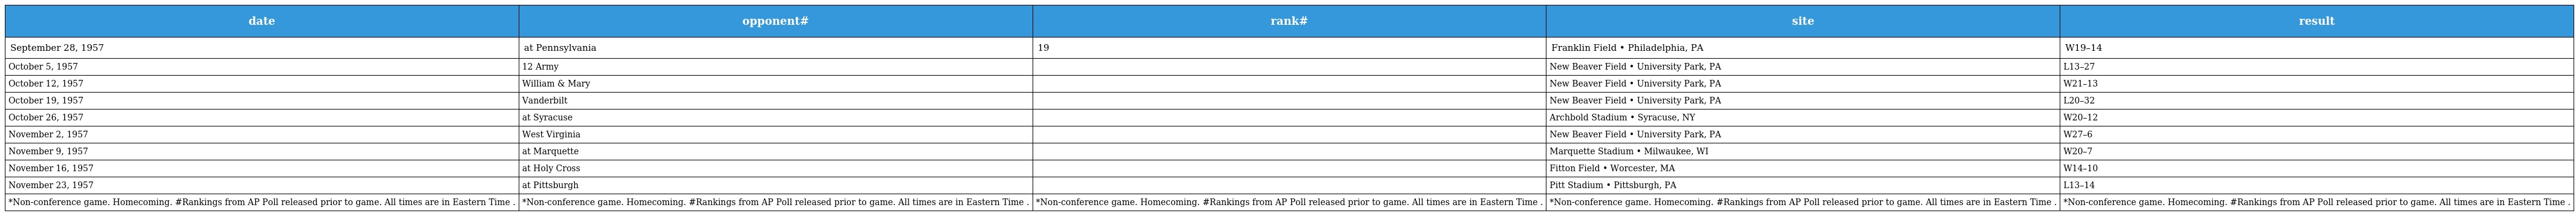
| date | opponent# | rank# | site | result |
 | --- | --- | --- | --- | --- |
 | September 28, 1957 | at Pennsylvania | 19 | Franklin Field • Philadelphia, PA | W19–14 |
 | October 5, 1957 | 12 Army |  | New Beaver Field • University Park, PA | L13–27 |
 | October 12, 1957 | William & Mary |  | New Beaver Field • University Park, PA | W21–13 |
 | October 19, 1957 | Vanderbilt |  | New Beaver Field • University Park, PA | L20–32 |
 | October 26, 1957 | at Syracuse |  | Archbold Stadium • Syracuse, NY | W20–12 |
 | November 2, 1957 | West Virginia |  | New Beaver Field • University Park, PA | W27–6 |
 | November 9, 1957 | at Marquette |  | Marquette Stadium • Milwaukee, WI | W20–7 |
 | November 16, 1957 | at Holy Cross |  | Fitton Field • Worcester, MA | W14–10 |
 | November 23, 1957 | at Pittsburgh |  | Pitt Stadium • Pittsburgh, PA | L13–14 |
 | *Non-conference game. Homecoming. #Rankings from AP Poll released prior to game. All times are in Eastern Time . | *Non-conference game. Homecoming. #Rankings from AP Poll released prior to game. All times are in Eastern Time . | *Non-conference game. Homecoming. #Rankings from AP Poll released prior to game. All times are in Eastern Time . | *Non-conference game. Homecoming. #Rankings from AP Poll released prior to game. All times are in Eastern Time . | *Non-conference game. Homecoming. #Rankings from AP Poll released prior to game. All times are in Eastern Time . |